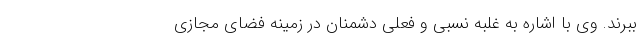
ببرند. وی با اشاره به غلبه نسبی و فعلی دشمنان در زمینه فضای مجازی